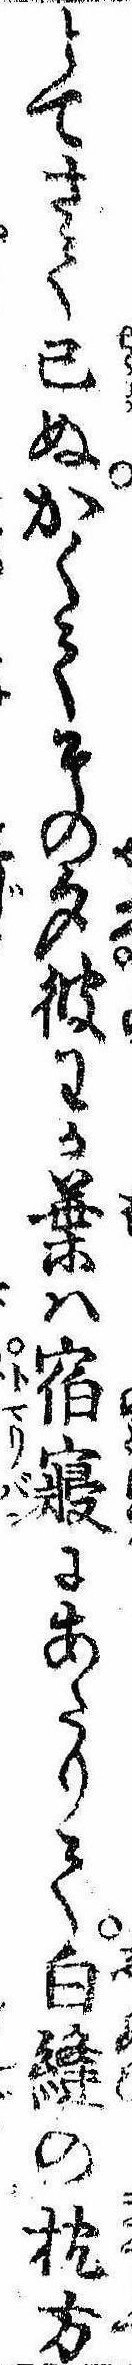
とてさて已ぬかくてその夕彼わか葉は宿寝にあたりて白縫の枕方